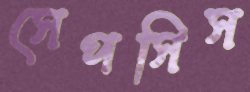
সেপসিস